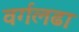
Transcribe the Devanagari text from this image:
वर्गलढा